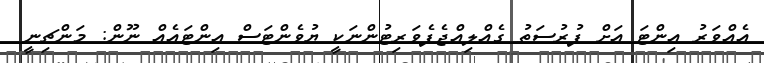
އެއްވަރު އިންޓަ އަށް ފުރުސަތު ގެއްލިއްޖެފެވަރިޓުންނަކީ ޔުވެންޓަސް އިންޓައެއް ނޫން: މަންޗިނީ